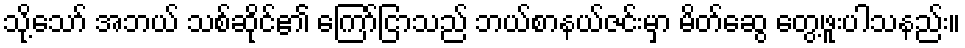
သို့သော် အဘယ် သစ်ဆိုင်၏ ကြော်ငြာသည် ဘယ်စာနယ်ဇင်းမှာ မိတ်ဆွေ တွေ့ဖူးပါသနည်း။